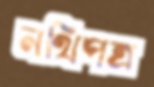
নথিপত্র